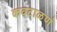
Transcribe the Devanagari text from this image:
कवटाळणं